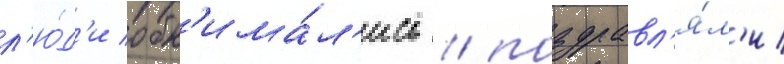
л'ю́д'и обн'има́л'ись / поздравл'я́л'и